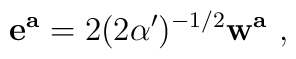
{\bf e^a} =  2(2\alpha^\prime)^{-1/2}{\bf w^a}\ ,